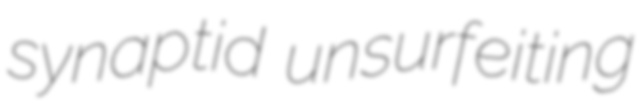
synaptid unsurfeiting